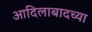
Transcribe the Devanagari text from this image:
आदिलाबादच्या